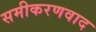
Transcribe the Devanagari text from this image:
समीकरणवाद